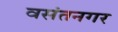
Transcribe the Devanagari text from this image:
वसंतनगर